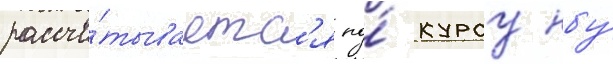
рассчи́тываетс'я по́ курсу нбу́